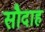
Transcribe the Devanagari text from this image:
सौदाह